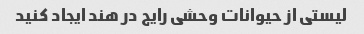
لیستی از حیوانات وحشی رایج در هند ایجاد کنید